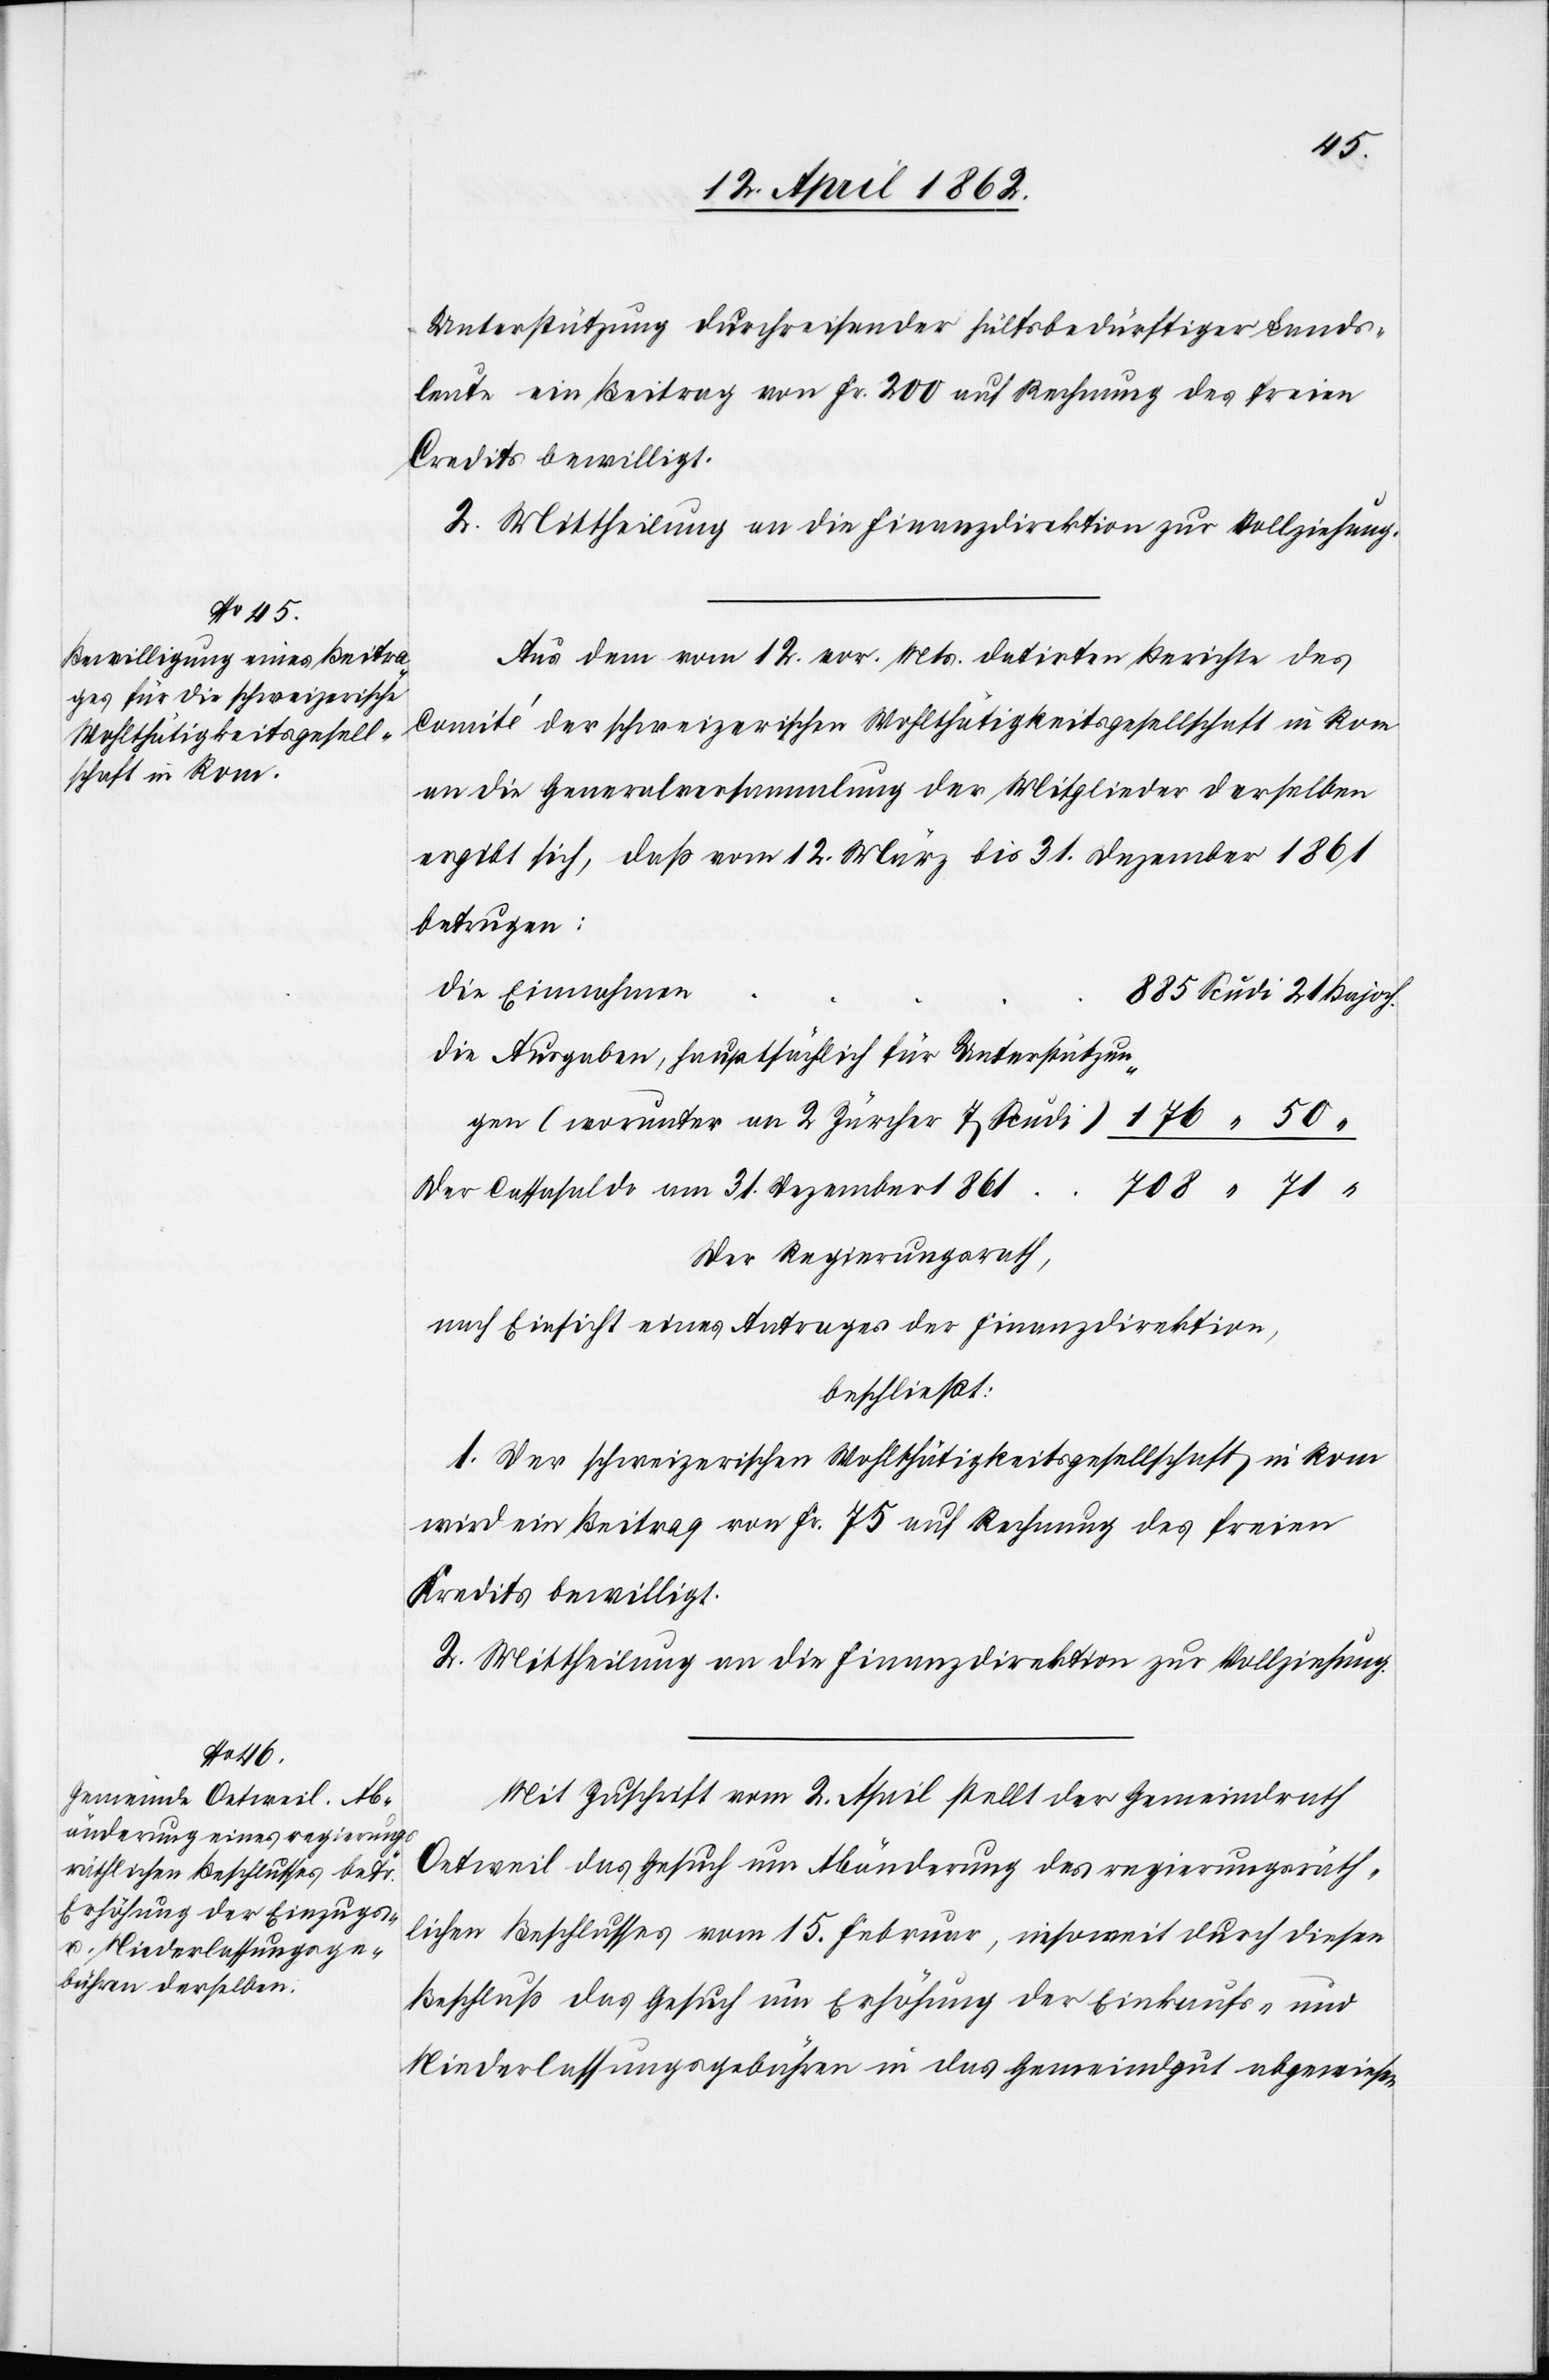
Unterstützung durchreisender hülfsbedürftiger Lands¬
leute ein Beitrag von Fr. 200 auf Rechnung des freien
Credits bewilligt.
2. Mittheilung an die Finanzdirektion zur Vollziehung.
Aus dem vom 12. vor. Mts. datirten Berichte des
Comité der schweizerischen Wohlthättigkeitsgesellschaft in Rom
an die Generalversammlung der Mitglieder derselben
ergibt sich, daß vom 12. März bis 31. Dezember 1861
betrugen:
Die Einnahmen
Die Ausgaben, hauptsächlich für Unterstützun¬
gen (worunter an 2 Zürcher 7 Scudi)
Der Cassasaldo am 31. Dezember 1861
Der Regierungsrath,
nach Einsicht eines Antrages der Finanzdirektion,
beschließt:
1. Der schweizerischen Wohlthätigkeitsgesellschaft in Rom
wird ein Beitrag von Fr. 75 auf Rechnung des freien
Kredits bewilligt.
2. Mittheilung an die Finanzdirektion zur Vollziehung.
Mit Zuschrift vom 2. April stellt der Gemeindrath
Oetweil das Gesuch um Abänderung des regierungsräth¬
lichen Beschlusses vom 15. Februar, insoweit durch diesen
Beschluß das Gesuch um Erhöhung der Einkaufs- und
Niederlassungsgebühren in das Gemeindgut abgewiesen